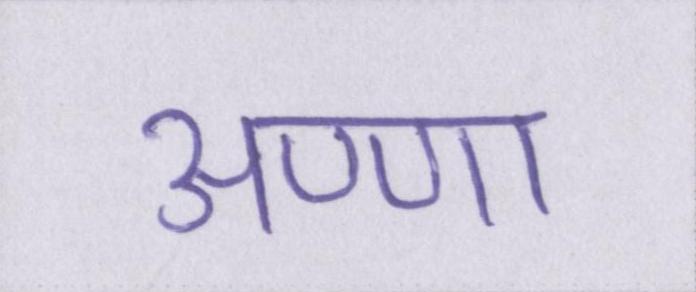
अण्णा